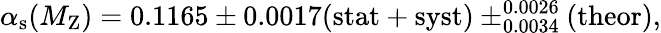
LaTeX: \alpha_{\mathrm{s}}(M_{\mathrm{Z}})=0.1165\pm 0.0017(\mathrm{stat+syst})\pm_{0.0034}^{0.0026}(\mathrm{theor}),